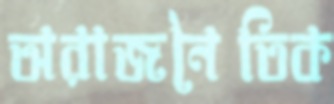
অরাজনৈতিক